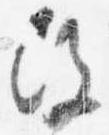
改